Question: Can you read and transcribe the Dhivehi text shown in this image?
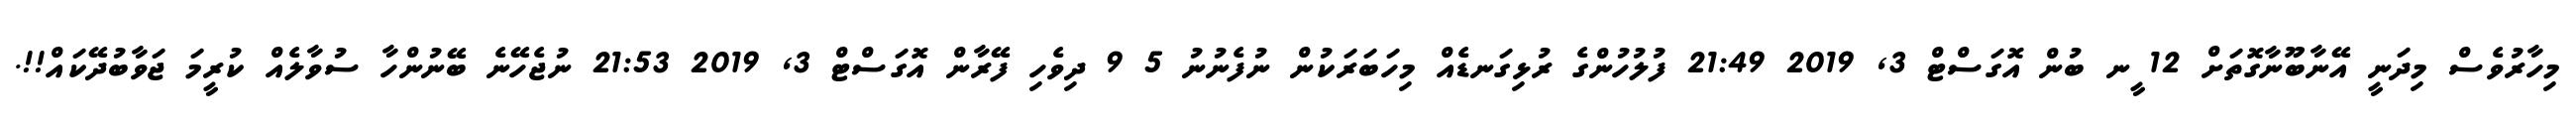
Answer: މިހާރުވެސް މިދަނީ އޭނާބޫނާގޮތަށް 12 ީނ ބުން އޮގަސްޓް 3, 2019 21:49 ފުލުހުންގެ ރުޅިގަނޑެއް މިހަބަރަކުން ނުފެނުނު 5 9 ދިވެހި ފޭރާން އޮގަސްޓް 3, 2019 21:53 ނުޖެހޭނެ ބޭނުންހާ ސުވާލެއް ކުރީމަ ޖަވާބުދޭކައް!!.